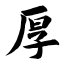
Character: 厚